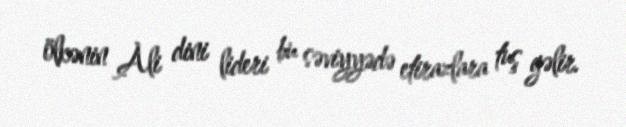
ölkənin Ali dini lideri bu səviyyədə etirazlara tuş gəlir.